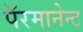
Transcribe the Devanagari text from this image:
पॅरमानेन्ट